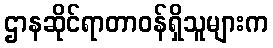
ဌာနဆိုင်ရာတာဝန်ရှိသူများက